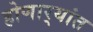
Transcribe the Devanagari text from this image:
होणार्‍यांत